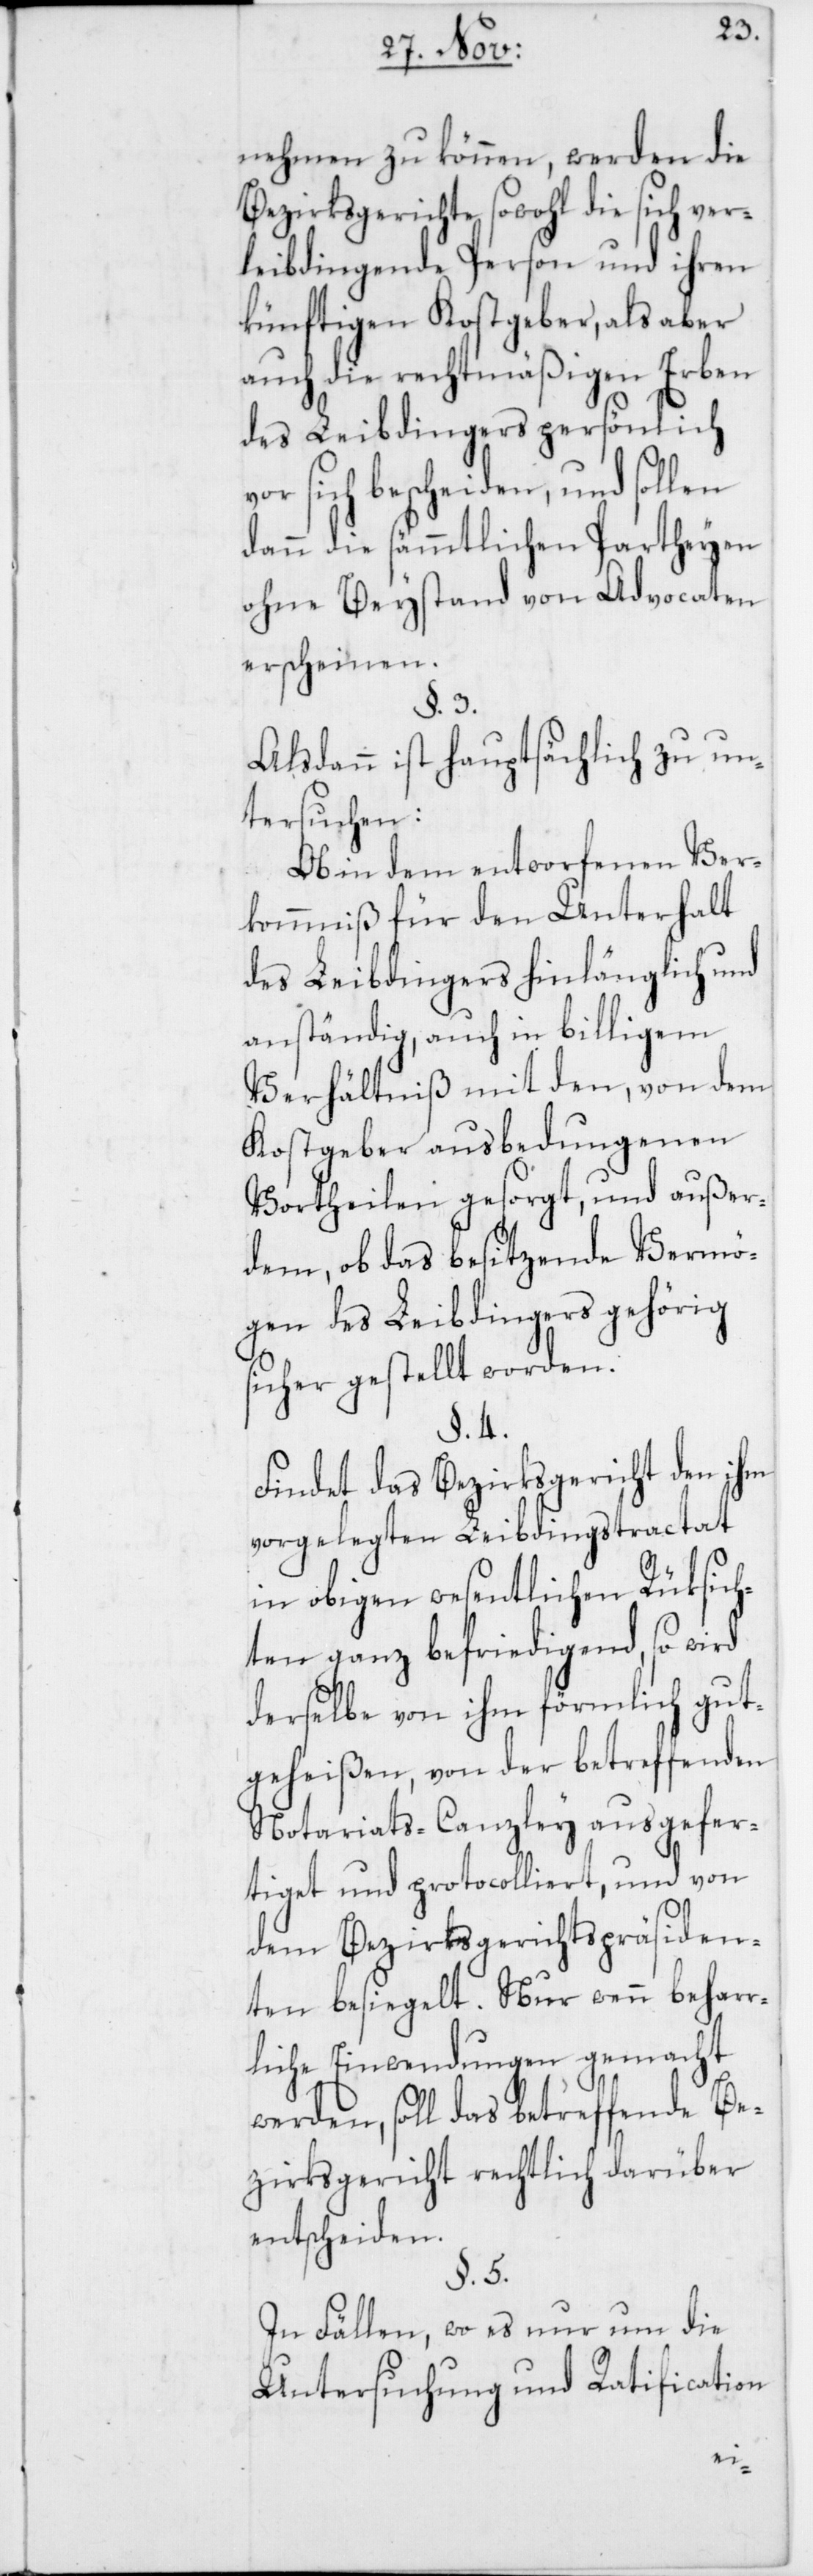
nehmen zu können, werden die
Bezirksgerichte sowohl die sich ver¬
leibdingende Person und ihren
künftigen Kostgeber, als aber
auch die rechtmäßigen Erben
des Leibdingers persönlich
sich bescheiden, und sollen
dann die sämmtlichen Partheyen
ohne Beystand von Advocaten
erscheinen.
Alsdann ist hauptsächlich zu un¬
tersuchen:
Ob in dem entworfenen Ver¬
kommniß für den Unterhalt
des Leibdingers hinlänglich und
anständig, auch in billigem
Verhältniß mit den, von dem
Kostgeber ausbedungenen
Vortheilen gesorgt, und außer¬
dem, ob das besitzende Vermö¬
gen des Leibdingers gehörig
sicher gestellt worden.
Findet das Bezirksgericht den ihm
vorgelegten Leibdingstractat
in obigen wesentlichen Rüksich¬
ten ganz befriedigend, so wird
derselbe von ihm förmlich gut¬
geheißen, von der betreffenden
Notariats-Canzley ausgefer¬
tiget und protocolliert, und von
dem Bezirksgerichtspräsiden¬
ten besiegelt. Nur wenn beharr¬
liche Einwendungen gemacht
werden, soll das betreffende Be¬
zirksgericht rechtlich darüber
entscheiden.
In Fällen, wo es nur um die
Untersuchung und Ratification